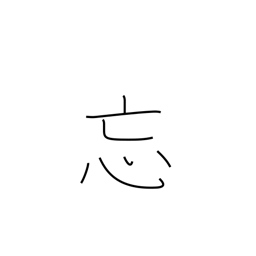
Meaning: forget